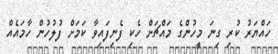
ހައްޔަރު ކުރި ގިނަ މީހުންގެ މައްޗަށް ހެކި ފެނިފައިވާ ކަމަށް ފުލުހުން ހާމައެއް